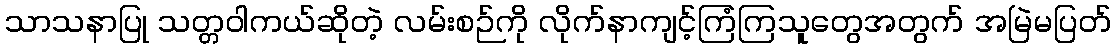
သာသနာပြု သတ္တဝါကယ်ဆိုတဲ့ လမ်းစဉ်ကို လိုက်နာကျင့်ကြံကြသူတွေအတွက် အမြဲမပြတ်